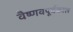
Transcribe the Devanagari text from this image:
वैष्णवपूर्वकाल